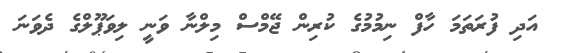
އަދި ފުރަތަމަ ހާފް ނިމުމުގެ ކުރިން ޖޭމްސް މިލްނާ ވަނީ ލިވަޕޫލްގެ ދެވަނަ